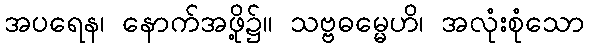
အပရေန၊ နောက်အဖို့၌။ သဗ္ဗဓမ္မေဟိ၊ အလုံးစုံသော